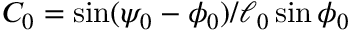
C _ { 0 } = \sin ( \psi _ { 0 } - \phi _ { 0 } ) / \ell _ { 0 } \sin \phi _ { 0 }